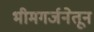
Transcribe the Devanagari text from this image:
भीमगर्जनेतून